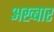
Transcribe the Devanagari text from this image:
अख्बार